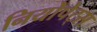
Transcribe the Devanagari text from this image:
नियोपेट्स